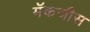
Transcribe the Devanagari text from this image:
मॅकजीस